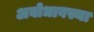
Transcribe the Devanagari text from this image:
अबोधावस्था